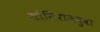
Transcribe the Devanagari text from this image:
योगिराजबुवा